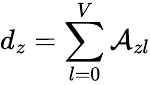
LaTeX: d_{z}=\sum_{l=0}^{V}\mathcal{A}_{zl}